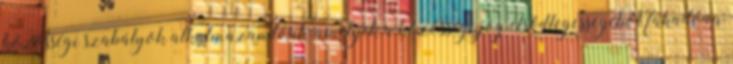
közösségi szabályok alkalmazandóak, amelyek a közösségi jog elsődlegességéből fakadóan